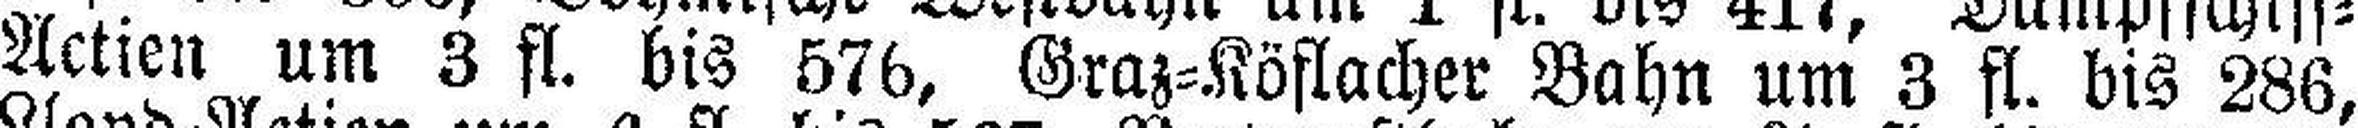
Actien um 3 fl. bis 576, Graz=Köflacher Bahn um 3 fl. bis 286,